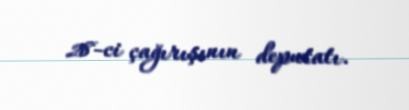
28-ci çağırışının deputatı.